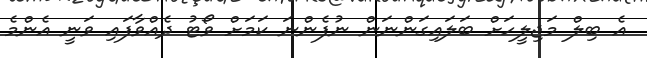
އެ ބިލް މަޖިލީހަށް ބަލައިގަންނަން ނުފެންނަ ކަމަށް ވޯޓު ދެއްވާފައި ވަނީ އެންމެ